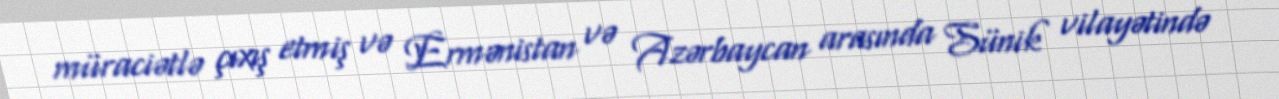
müraciətlə çıxış etmiş və Ermənistan və Azərbaycan arasında Sünik vilayətində